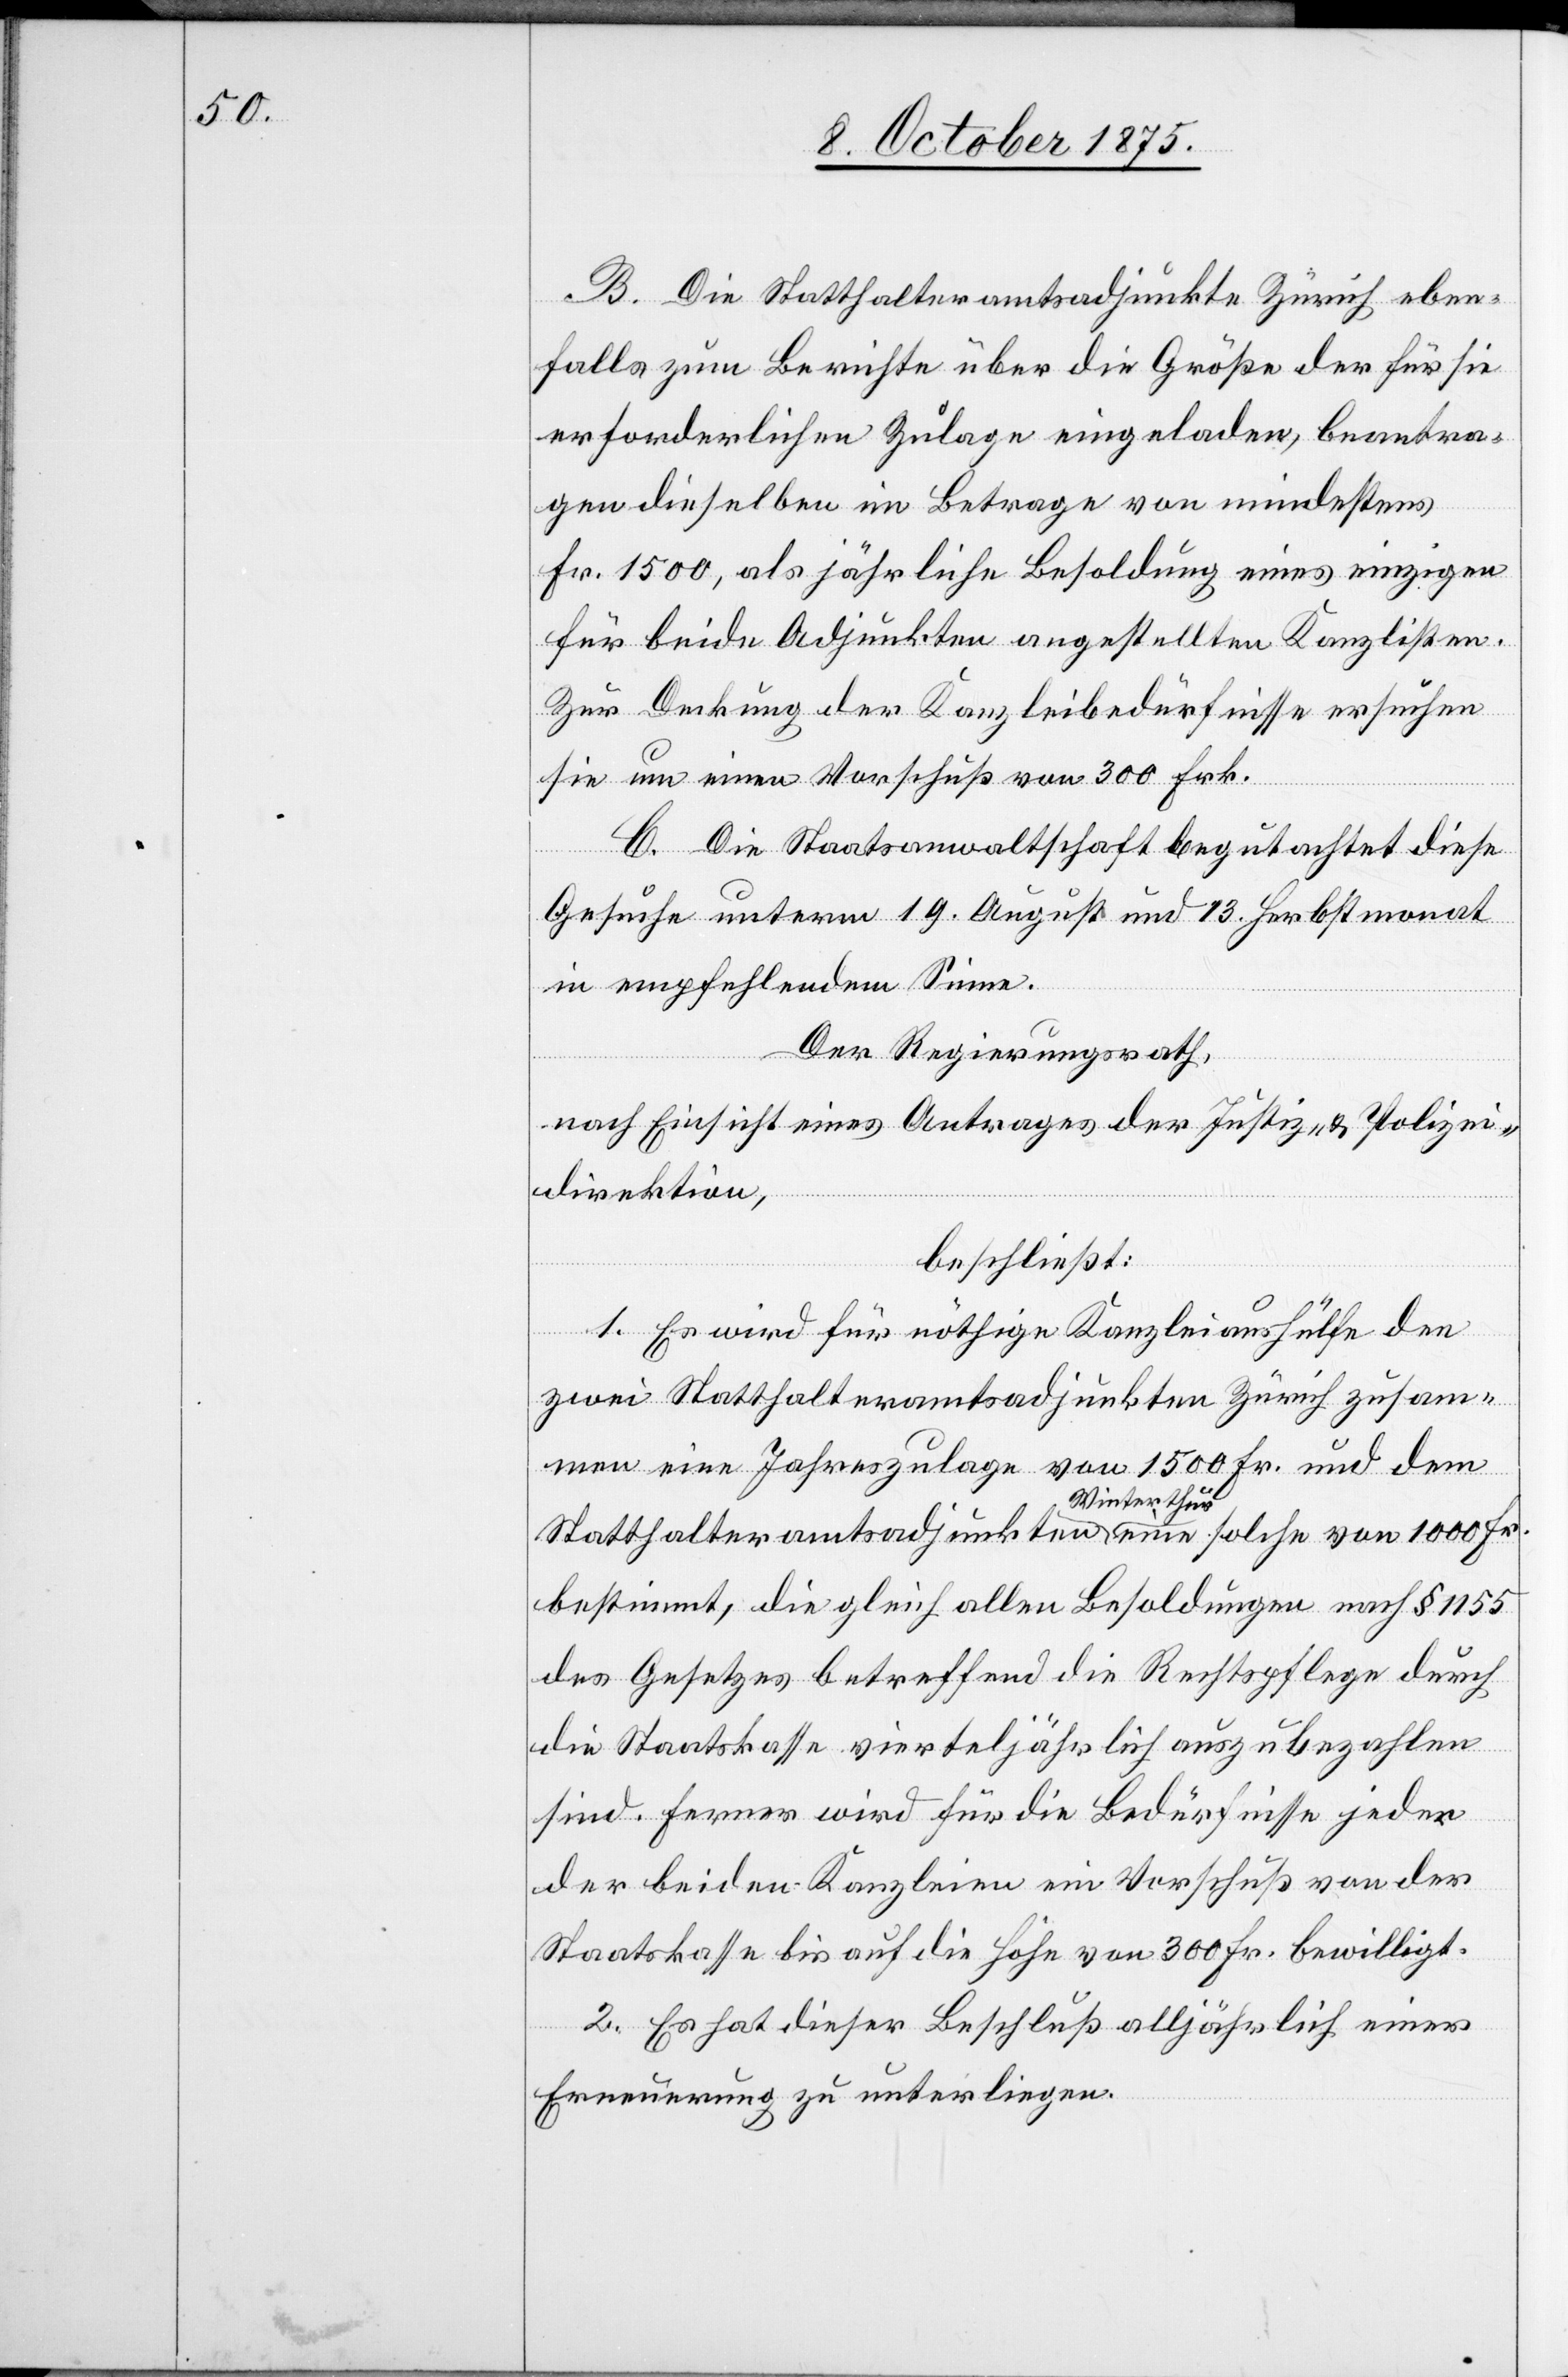
B. Die Statthalteramtsadjunkte Zürich eben¬
falls zum Berichte über die Größe der für sie
erforderlichen Zulage eingeladen, betra¬
gen dieselben im Betrage von mindestens
Fr. 1500, als jährliche Besoldung eines einzigen
für beide Adjunkten angestellten Kanzlisten.
Zur Deckung der Kanzleibedürfnisse ersuchen
sie um einen Vorschuß von 300 Frk.
C. Die Staatsanwaltschaft begutachtet diese
Gesuche unterm 19. August und 13. Herbstmonat
in empfehlendem Sinne.
Der Regierungsrath,
nach Einsicht eines Antrages der Justiz- & Polizei¬
direktion,
beschließt:
1. Es wird für nöthige Kanzleihülfe den
zwei Statthalteramtsadjunkten Zürich zusam¬
men eine Jahreszulage von 1500 Fr. und dem
Statthalteramtsadjunkten Winterthur eine solche von 1000 Fr.
bestimmt, die gleich allen Besoldungen nach § 1155
des Gesetzes betreffend die Rechtspflege durch
die Staatskasse vierteljährlich auszubezahlen
sind. Ferner wird für die Bedürfnisse jeder
der beiden Kanzleien ein Vorschuß von der
Staatskasse bis auf die Höhe von 300 Fr. bewilligt.
2. Es hat dieser Beschluß alljährlich einer
Erneuerung zu unterliegen.